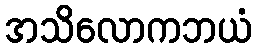
အသိလောကဘယံ